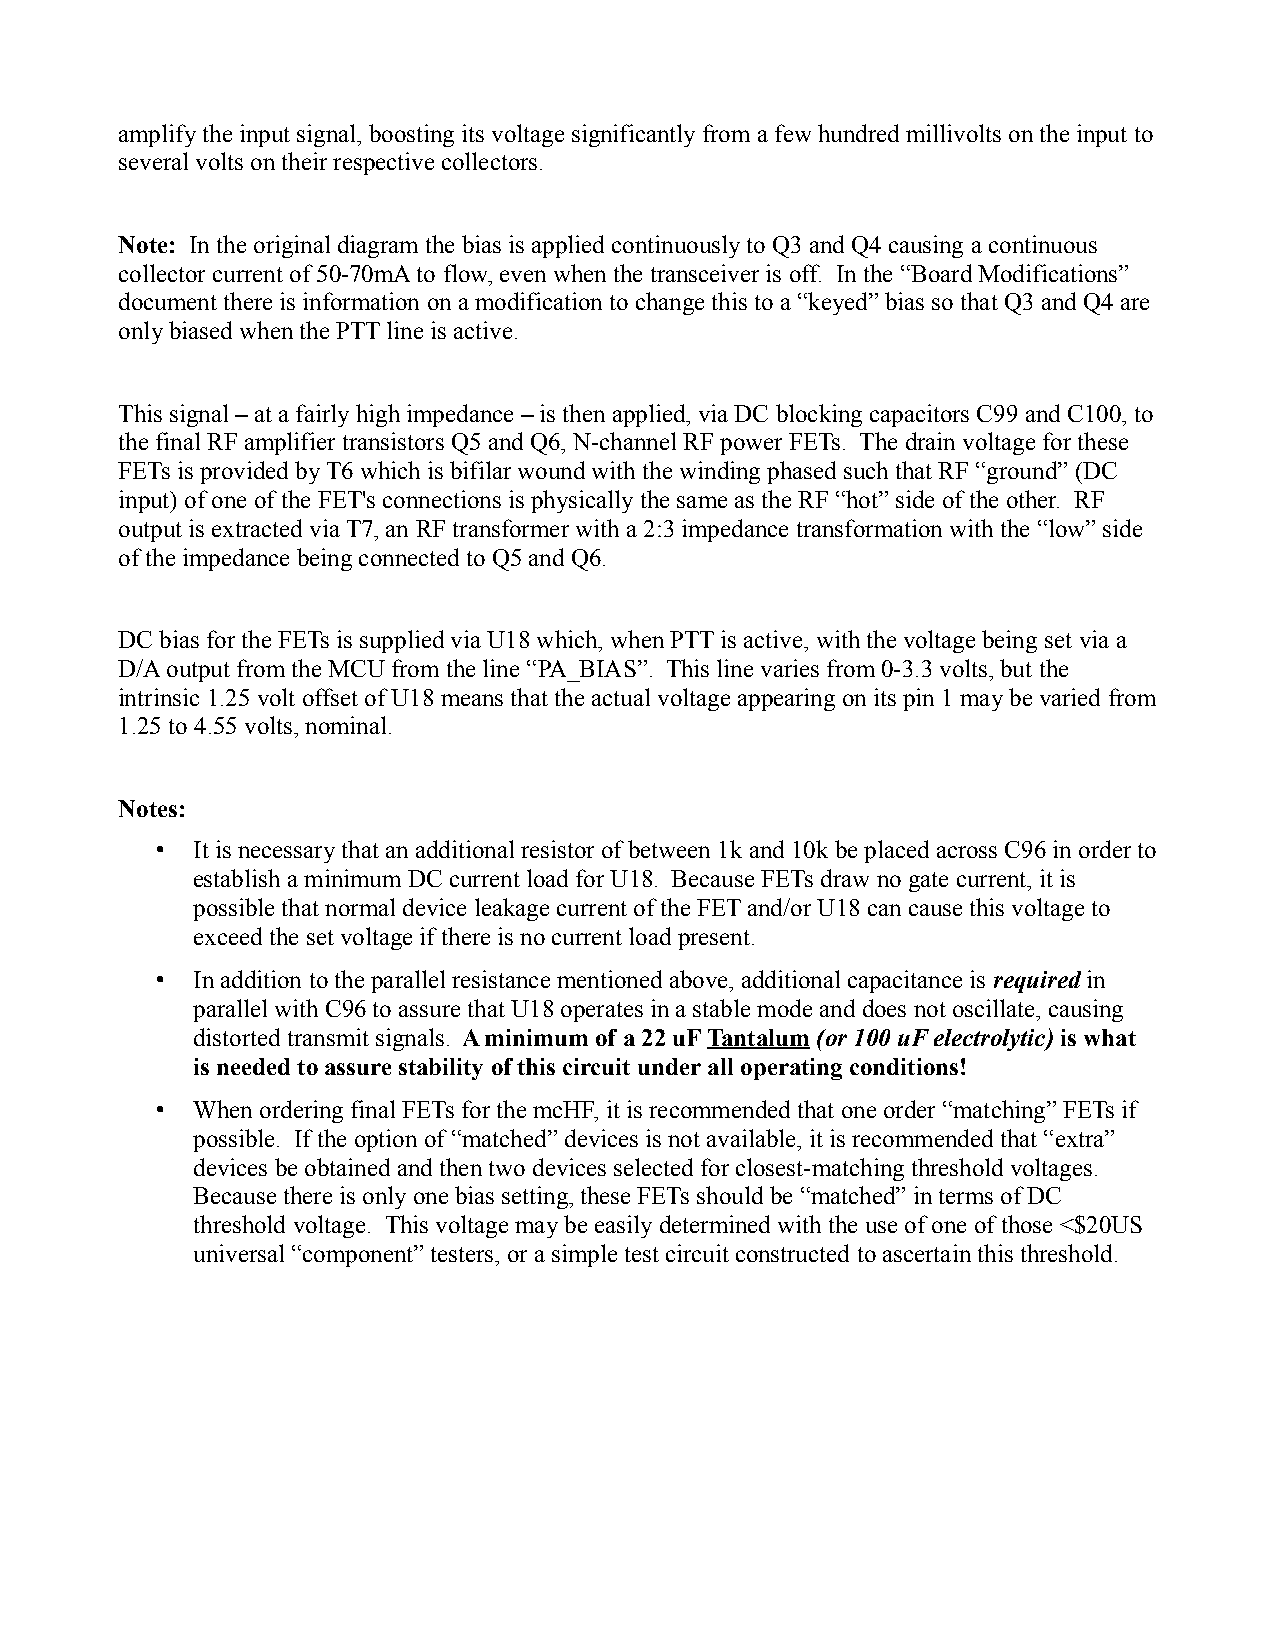
amplify the input signal, boosting its voltage significantly from a few hundred millivolts on the input to
 several volts on their respective collectors.
 Note: In the original diagram the bias is applied continuously to Q3 and Q4 causing a continuous
 collector current of 50-70mA to flow, even when the transceiver is off. In the “Board Modifications”
 document there is information on a modification to change this to a “keyed” bias so that Q3 and Q4 are
 only biased when the PTT line is active.
 This signal – at a fairly high impedance – is then applied, via DC blocking capacitors C99 and C100, to
 the final RF amplifier transistors Q5 and Q6, N-channel RF power FETs. The drain voltage for these
 FETs is provided by T6 which is bifilar wound with the winding phased such that RF “ground” (DC
 input) of one of the FET's connections is physically the same as the RF “hot” side of the other. RF
 output is extracted via T7, an RF transformer with a 2:3 impedance transformation with the “low” side
 of the impedance being connected to Q5 and Q6.
 DC bias for the FETs is supplied via U18 which, when PTT is active, with the voltage being set via a
 D/A output from the MCU from the line “PA_BIAS”. This line varies from 0-3.3 volts, but the
 intrinsic 1.25 volt offset of U18 means that the actual voltage appearing on its pin 1 may be varied from
 1.25 to 4.55 volts, nominal.
 Notes:
 •  It is necessary that an additional resistor of between 1k and 10k be placed across C96 in order to
 establish a minimum DC current load for U18. Because FETs draw no gate current, it is
 possible that normal device leakage current of the FET and/or U18 can cause this voltage to
 exceed the set voltage if there is no current load present.
 •  In addition to the parallel resistance mentioned above, additional capacitance is required in
 parallel with C96 to assure that U18 operates in a stable mode and does not oscillate, causing
 distorted transmit signals. A minimum of a 22 uF Tantalum (or 100 uF electrolytic) is what
 is needed to assure stability of this circuit under all operating conditions!
 •  When ordering final FETs for the mcHF, it is recommended that one order “matching” FETs if
 possible. If the option of “matched” devices is not available, it is recommended that “extra”
 devices be obtained and then two devices selected for closest-matching threshold voltages.
 Because there is only one bias setting, these FETs should be “matched” in terms of DC
 threshold voltage. This voltage may be easily determined with the use of one of those <$20US
 universal “component” testers, or a simple test circuit constructed to ascertain this threshold.